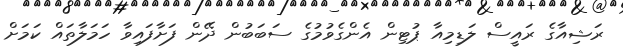
ރަޝިއާގެ ރައީސް ލަޑިމިއާ ޕުޓިން އެންގެވުމުގެ ސަބަބުން ދޭން ފަށާފައިވާ ހަމަލާތައް ކަމަށް